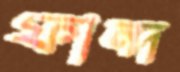
ফান্দ